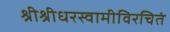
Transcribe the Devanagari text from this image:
श्रीश्रीधरस्वामीविरचितं